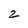
Character: z